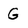
Character: G